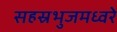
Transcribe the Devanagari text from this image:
सहस्रभुजमध्वरे